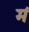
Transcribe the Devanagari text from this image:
म॔